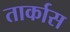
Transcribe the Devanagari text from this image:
तार्कास